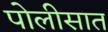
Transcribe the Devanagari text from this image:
पोलीसात